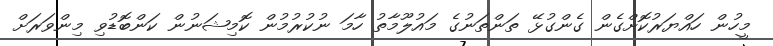
މީހުން ހައްޔަރުކޮށްގެން ގެންގުޅޭ ތަންތަނުގެ މައުލޫމާތު ހާމަ ނުކުރުމުން ކޮމިޝަނުން ކަންބޮޑުވި މިންވަރަށް